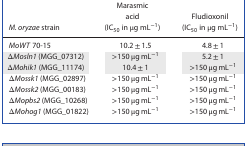
| M. oryzae strain | Marasmic acid (IC50 in μg mL−1) | Fludioxonil (IC50 in μg mL−1) |
 | --- | --- | --- |
 | MoWT 70‐15 | 10.2 ± 1.5 | 4.8 ± 1 |
 | ΔMosln1 (MGG_07312) | >150 μg mL−1 | 5.2 ± 1 |
 | ΔMohik1 (MGG_11174) | 10.4 ± 1 | >150 μg mL−1 |
 | ΔMossk1 (MGG_02897) | >150 μg mL−1 | >150 μg mL−1 |
 | ΔMossk2 (MGG_00183) | >150 μg mL−1 | >150 μg mL−1 |
 | ΔMopbs2 (MGG_10268) | >150 μg mL−1 | >150 μg mL−1 |
 | ΔMohog1 (MGG_01822) | >150 μg mL−1 | >150 μg mL−1 |